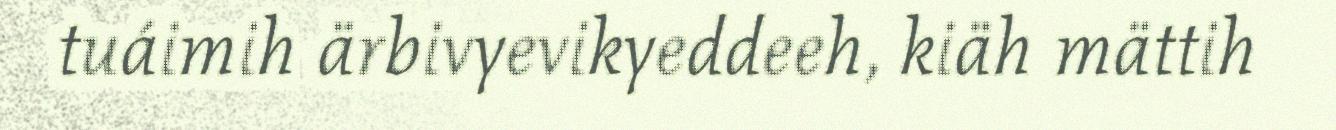
tuáimih ärbivyevikyeddeeh, kiäh mättih